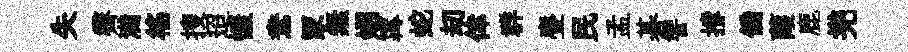
失霽满徭搜迢慷鴦冡無姻𡩋蛇刧倖群亹民孟碁讐撐僑葭鹿兠